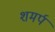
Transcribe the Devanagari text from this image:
शमर्प